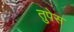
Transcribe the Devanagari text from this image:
तुपेस